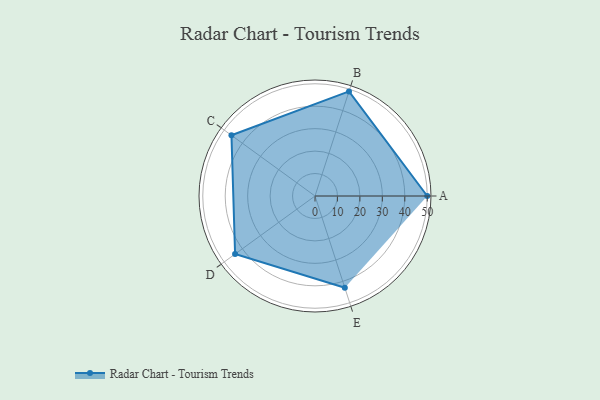
{"axis": {"x": "Skill", "y": "Score"}, "legend": ["Profile"], "data": [{"x": "A", "y": 50.0, "type": "Profile"}, {"x": "B", "y": 49.0, "type": "Profile"}, {"x": "C", "y": 46.0, "type": "Profile"}, {"x": "D", "y": 44.0, "type": "Profile"}, {"x": "E", "y": 43.0, "type": "Profile"}]}